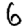
Digit: 6